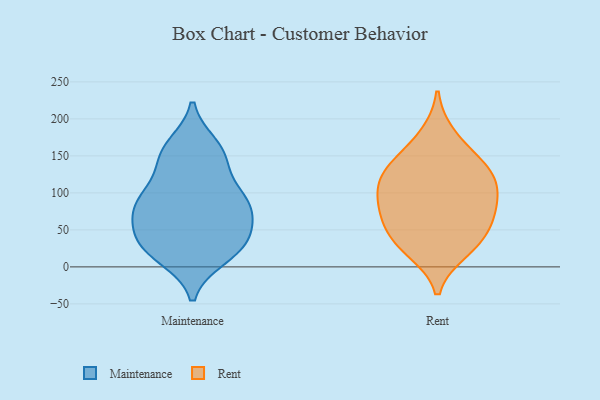
{"axis": {"x": "Temperature (°C)", "y": "Value"}, "legend": ["Maintenance", "Rent"], "data": [{"x": "", "y": 52, "type": "Maintenance"}, {"x": "", "y": 88, "type": "Maintenance"}, {"x": "", "y": 51, "type": "Maintenance"}, {"x": "", "y": 101, "type": "Maintenance"}, {"x": "", "y": 33, "type": "Maintenance"}, {"x": "", "y": 163, "type": "Maintenance"}, {"x": "", "y": 143, "type": "Maintenance"}, {"x": "", "y": 149, "type": "Maintenance"}, {"x": "", "y": 25, "type": "Maintenance"}, {"x": "", "y": 92, "type": "Maintenance"}, {"x": "", "y": 14, "type": "Maintenance"}, {"x": "", "y": 81, "type": "Maintenance"}, {"x": "", "y": 155, "type": "Maintenance"}, {"x": "", "y": 20, "type": "Maintenance"}, {"x": "", "y": 33, "type": "Maintenance"}, {"x": "", "y": 81, "type": "Maintenance"}, {"x": "", "y": 83, "type": "Maintenance"}, {"x": "", "y": 131, "type": "Rent"}, {"x": "", "y": 178, "type": "Rent"}, {"x": "", "y": 77, "type": "Rent"}, {"x": "", "y": 105, "type": "Rent"}, {"x": "", "y": 101, "type": "Rent"}, {"x": "", "y": 38, "type": "Rent"}, {"x": "", "y": 55, "type": "Rent"}, {"x": "", "y": 148, "type": "Rent"}, {"x": "", "y": 122, "type": "Rent"}, {"x": "", "y": 28, "type": "Rent"}, {"x": "", "y": 22, "type": "Rent"}, {"x": "", "y": 83, "type": "Rent"}, {"x": "", "y": 67, "type": "Rent"}, {"x": "", "y": 130, "type": "Rent"}]}